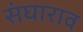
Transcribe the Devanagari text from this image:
संघाराव